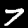
Digit: 7